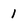
Character: 1